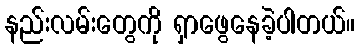
နည်းလမ်းတွေကို ရှာဖွေနေခဲ့ပါတယ်။